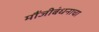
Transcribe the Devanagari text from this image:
मौंजीबंधनाचा